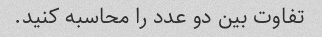
تفاوت بین دو عدد را محاسبه کنید.